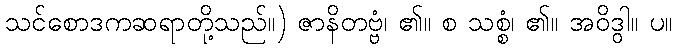
သင်စောဒကဆရာတို့သည်။) ဇာနိတဗ္ဗံ၊ ၏။ စ သစ္စံ၊ ၏။ အဝိဒွါ။ ပ။